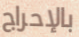
بالإحراج